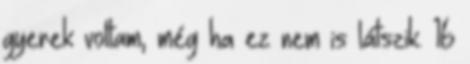
gyerek voltam, még ha ez nem is látszik. 16